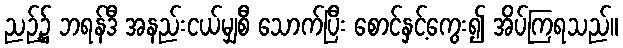
ညဉ့်၌ ဘရန်ဒီ အနည်းငယ်မျှစီ သောက်ပြီး စောင်နှင့်ကွေး၍ အိပ်ကြရသည်။